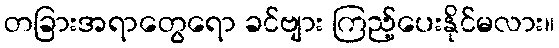
တခြားအရာတွေရော ခင်ဗျား ကြည့်ပေးနိုင်မလား။